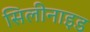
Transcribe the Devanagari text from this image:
सिलीनाइड